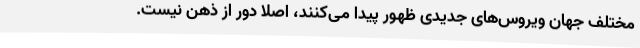
مختلف جهان ویروس‌های جدیدی ظهور پیدا می‌کنند، اصلا دور از ذهن نیست.